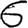
Digit: 6